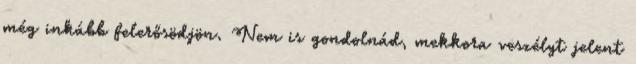
még inkább felerősödjön. Nem is gondolnád, mekkora veszélyt jelent